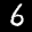
Label: 6